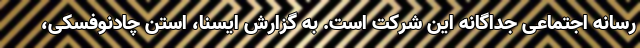
رسانه اجتماعی جداگانه این شرکت است. به گزارش ایسنا، استن چادنوفسکی،